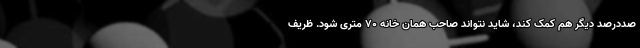
صددرصد دیگر هم کمک کند، شاید نتواند صاحب همان خانه ۷۰ متری شود. ظریف